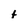
Character: t